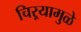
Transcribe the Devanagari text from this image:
चिऱ्यामुळे